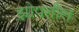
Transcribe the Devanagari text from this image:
झोपतील